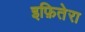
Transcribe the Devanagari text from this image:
इफ़ितेरा